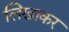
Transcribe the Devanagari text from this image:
लिखाकर